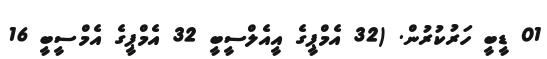
01 ޑީބީ ހަރުކުރުން. (32 އެމްޕީގެ އީއެލްސީބީ 32 އެމްޕީގެ އެމްސީބީ 16